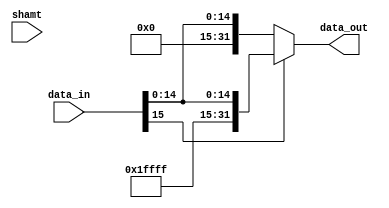
module Sign_extend(
		input		[15:0] data_in,
		input		[4:0] shamt,
		output reg	[31:0] data_out
);
	
	always@(data_in)
		data_out = data_in[15] ? {16'hFFFF,data_in} : {16'h0,data_in};

endmodule